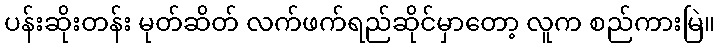
ပန်းဆိုးတန်း မုတ်ဆိတ် လက်ဖက်ရည်ဆိုင်မှာတော့ လူက စည်ကားမြဲ။